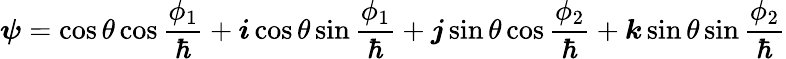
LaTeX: \boldsymbol{\psi}=\cos\theta\cos\frac{\phi_{1}}{\hbar}+\boldsymbol{i}\cos\theta\sin\frac{\phi_{1}}{\hbar}+\boldsymbol{j}\sin\theta\cos\frac{\phi_{2}}{\hbar}+\boldsymbol{k}\sin\theta\sin\frac{\phi_{2}}{\hbar}